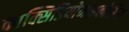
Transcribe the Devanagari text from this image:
काक्सिडियोमाइकोसिस